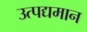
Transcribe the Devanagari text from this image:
उत्पद्यमान